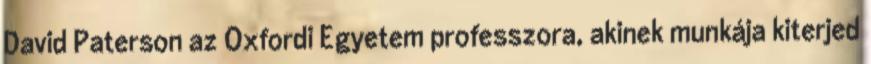
David Paterson az Oxfordi Egyetem professzora, akinek munkája kiterjed